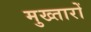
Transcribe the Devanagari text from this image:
मुख्तारों